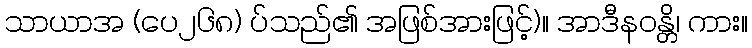
သာယာအ (ပေ၂၆၈) ပ်သည်၏ အဖြစ်အားဖြင့်)။ အာဒီနဝန္တိ၊ ကား။